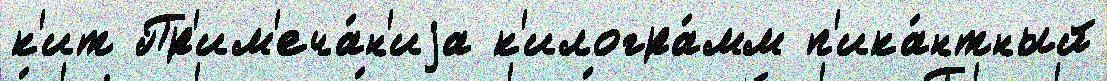
к'ит Пр'им'еча́н'иjа к'илогра́мм п'ика́нтный